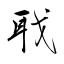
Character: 聀